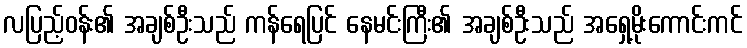
လပြည့်ဝန်း၏ အချစ်ဦးသည် ကန်ရေပြင် နေမင်းကြီး၏ အချစ်ဦးသည် အရှေ့မိုးကောင်းကင်